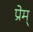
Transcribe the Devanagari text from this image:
प्रेम्